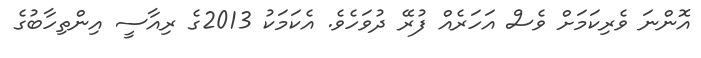
އޮންނަ ވެރިކަމަށް ވެސް އަހަރެއް ފުރޭ ދުވަހެވެ. އެކަމަކު 2013ގެ ރިއާސީ އިންތިހާބުގެ